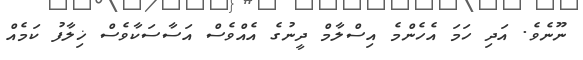
ނޫނެވެ. އަދި ހަމަ އެހެންމެ އިސްލާމް ދީނުގެ އެއްވެސް އަސާސަކާވެސް ޚިލާފު ކަމެއް